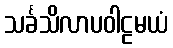
သင်္ခသိလာပဝါဠမယံ